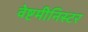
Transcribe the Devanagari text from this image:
वेष्टमीनिस्टर